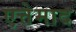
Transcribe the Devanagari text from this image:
एत्तेमाद